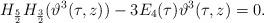
LaTeX: \begin{align*}H_{\frac 52}H_{\frac 32}(\vartheta^3(\tau,z))-3E_4(\tau)\vartheta^3(\tau,z)=0.\end{align*}